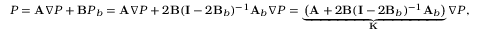
\boldsymbol { P } = \mathbf { A } \boldsymbol { \nabla P } + \mathbf { B } \boldsymbol { P } _ { b } = \mathbf { A } \boldsymbol { \nabla P } + 2 \mathbf { B } ( \mathbf { I } - 2 \mathbf { B } _ { b } ) ^ { - 1 } \mathbf { A } _ { b } \boldsymbol { \nabla P } = \underbrace { \left( \mathbf { A } + 2 \mathbf { B } ( \mathbf { I } - 2 \mathbf { B } _ { b } ) ^ { - 1 } \mathbf { A } _ { b } \right) } _ { \mathbf { K } } \boldsymbol { \nabla P } ,